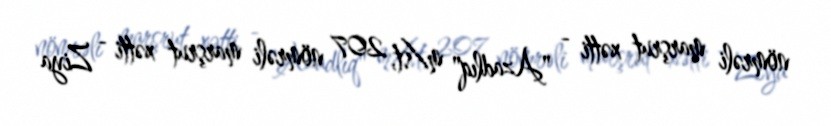
nömrəli marşrut xətti - "Azadlıq" m/st, 207 nömrəli marşrut xətti - Ziya